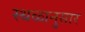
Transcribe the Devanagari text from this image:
स्थळानुसार